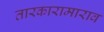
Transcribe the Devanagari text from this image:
तारकारामाराव